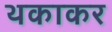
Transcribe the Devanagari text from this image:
थकाकर